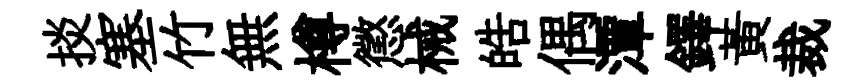
掞塞竹無樽懲械皓偶潭鐸黄裁